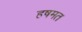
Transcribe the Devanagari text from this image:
हषमत